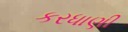
કરધાણી